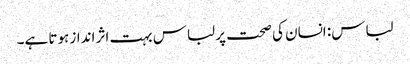
لباس: انسان کی صحت پر لباس بہت اثر انداز ہوتا ہے۔